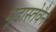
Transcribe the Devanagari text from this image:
मूढास्तेवैन